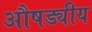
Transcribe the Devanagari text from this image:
औषड्यीय